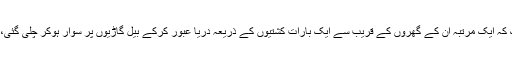
اسکا بیٹا بھی نیک و صالح بن گیا، بیوی بھی طریقہ عالیہ میں داخل ہوکر متقی و پرہیزگار بنی، یہاں تک کہ ایک مرتبہ ان کے گھروں کے قریب سے ایک بارات کشتیوں کے ذریعہ دریا عبور کرکے بیل گاڑیوں پر سوار ہوکر چلی گئی، ان کے جانے کے بعد سومر کے چرواہے بیٹے کو وہاں ایک لوہے کی صندوق ملی اٹھا کر گھر لے آیا۔